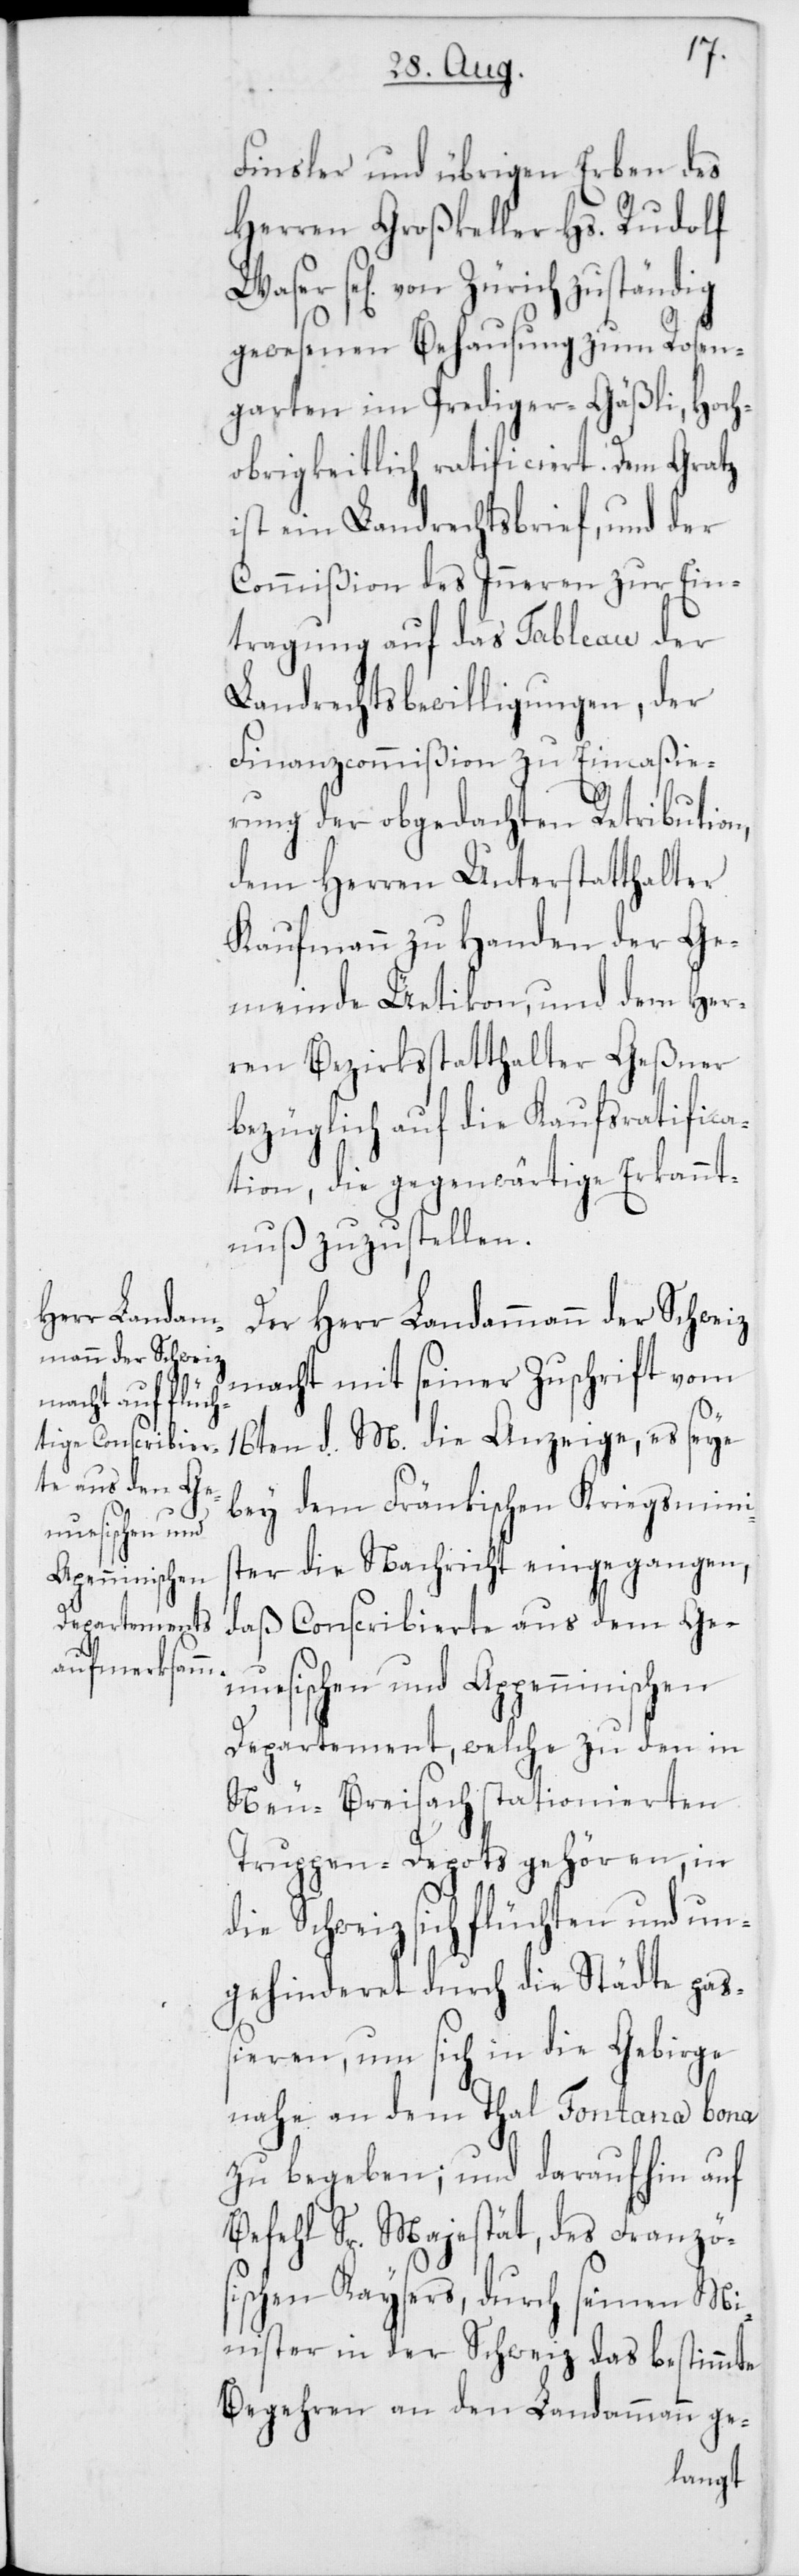
nuesischen und
Appenninischen

Finsler und übrigen Erben des
Herren Großkeller Hs. Rudolf
se[lig] von Zürich zuständig
gewesenen Behausung zum Rosen¬
garten im Prediger-Gäßli, Hoch¬
obrigkeitlich ratificiert. Dem Gratz
ist ein Landrechtsbrief, und der
Commißion des Inneren zur Ein¬
tragung auf das Tableau der
Landrechtsbewilligungen, der
Finanzcommißion zu Eincaßie¬
rung der obgedachten Retribution,
dem Herren Unterstatthalter
Kaufmann zu Handen der Ge¬
meinde Üetikon, und dem Her¬
ren Bezirksstatthalter Geßner
bezüglich auf die Kaufsratifica¬
tion, die gegenwärtige Erkannt¬
nuß zuzustellen.
Der Herr Landammann der Schweiz
macht mit seiner Zuschrift vom
16ten d. M. die Anzeige, es seye
bey dem Fränkischen Kriegsminis¬
ter die Nachricht eingegangen,
daß Conscribierte aus dem Ge¬
Departement, welche zu den in
Neu-Breisach stationierten
Truppen-Depots gehören, in
die Schweiz sich flüchten und un¬
gehinderet durch die Städte pas¬
sieren, um sich in die Gebirge
nahe an dem Thal Fontana bona
zu begeben; und daraufhin auf
Befehl Sr. Majestät, des Französ¬
ischen Kaysers, durch seinen Mi¬
nister in der Schweiz das bestimmte
Begehren an den Landammann ge-